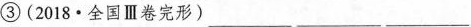
③(2018·全国Ⅲ卷完形)___ ___ ___